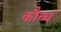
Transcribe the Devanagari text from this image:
कौच्च